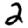
Digit: 2